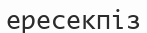
ересекпіз